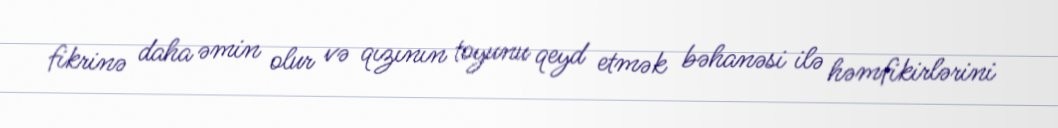
fikrinə daha əmin olur və qızının toyunu qeyd etmək bəhanəsi ilə həmfikirlərini